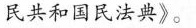
民共和国民法典》。